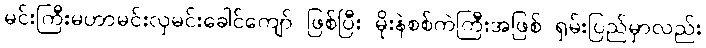
မင်းကြီးမဟာမင်းလှမင်းခေါင်ကျော် ဖြစ်ပြီး မိုးနဲစစ်ကဲကြီးအဖြစ် ရှမ်းပြည်မှာလည်း